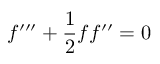
f ^ { \prime \prime \prime } + \frac { 1 } { 2 } f f ^ { \prime \prime } = 0